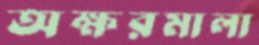
অক্ষরমালা